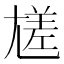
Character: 㞉